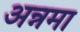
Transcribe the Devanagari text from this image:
अन्नमा